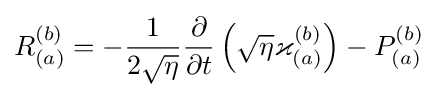
R_{(a)}^{(b)}=-{\frac {1}{2{\sqrt {\eta }}}}{\frac {\partial }{\partial t}}\left({\sqrt {\eta }}\varkappa _{(a)}^{(b)}\right)-P_{(a)}^{(b)}